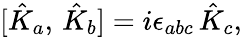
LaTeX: [\hat{K}_{a},\, \hat{K}_{b}]=i\epsilon_{abc}\, \hat{K}_{c},